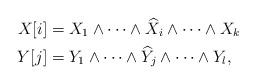
LaTeX: \begin{align*}X[i] &= X_1\wedge\cdots \wedge \widehat{X}_i\wedge \cdots \wedge X_k\\Y[j] &= Y_1\wedge\cdots \wedge \widehat{Y}_j\wedge \cdots \wedge Y_l,\end{align*}